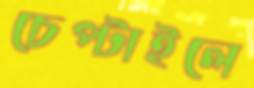
চেপ্‌টাইলে